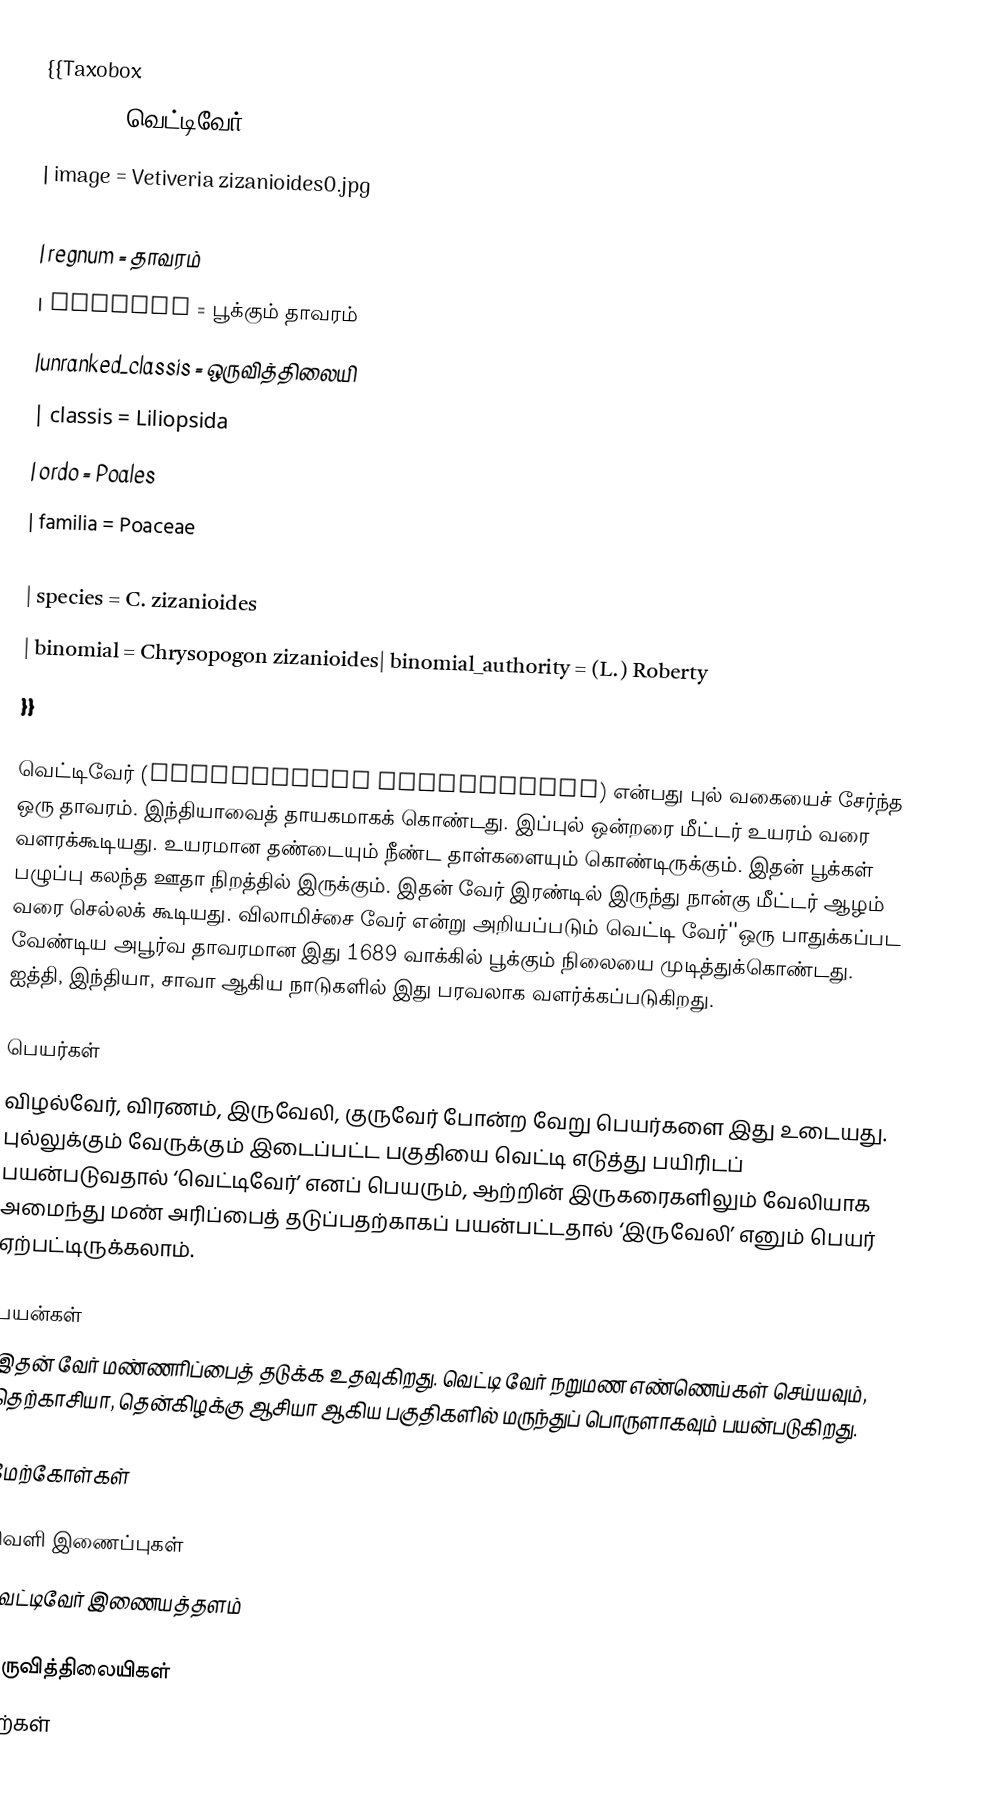
{{Taxobox
| name =  வெட்டிவேர் Vetiver
| image = Vetiveria zizanioides0.jpg
| image_width = 240px
| regnum = தாவரம்
| divisio = பூக்கும் தாவரம்
|unranked_classis = ஒருவித்திலையி
| classis = Liliopsida
| ordo = Poales
| familia = Poaceae
| genus = Chrysopogon
| species = C. zizanioides
| binomial = Chrysopogon zizanioides| binomial_authority = (L.) Roberty
}}

வெட்டிவேர் (Chrysopogon zizanioides) என்பது புல் வகையைச் சேர்ந்த ஒரு தாவரம். இந்தியாவைத் தாயகமாகக் கொண்டது. இப்புல் ஒன்றரை மீட்டர் உயரம் வரை வளரக்கூடியது. உயரமான தண்டையும் நீண்ட தாள்களையும் கொண்டிருக்கும். இதன் பூக்கள் பழுப்பு கலந்த ஊதா நிறத்தில் இருக்கும். இதன் வேர் இரண்டில் இருந்து நான்கு மீட்டர் ஆழம் வரை செல்லக் கூடியது. விலாமிச்சை வேர் என்று அறியப்படும் வெட்டி வேர்''ஒரு பாதுக்கப்பட வேண்டிய அபூர்வ தாவரமான இது 1689 வாக்கில் பூக்கும் நிலையை முடித்துக்கொண்டது.  ஐத்தி, இந்தியா, சாவா ஆகிய நாடுகளில் இது பரவலாக வளர்க்கப்படுகிறது.

பெயர்கள்
விழல்வேர், விரணம், இருவேலி, குருவேர் போன்ற வேறு பெயர்களை இது உடையது. புல்லுக்கும் வேருக்கும் இடைப்பட்ட பகுதியை வெட்டி எடுத்து பயிரிடப் பயன்படுவதால் ‘வெட்டிவேர்’ எனப் பெயரும், ஆற்றின் இருகரைகளிலும் வேலியாக அமைந்து மண் அரிப்பைத் தடுப்பதற்காகப் பயன்பட்டதால் ‘இருவேலி’ எனும் பெயர் ஏற்பட்டிருக்கலாம்.

பயன்கள்
இதன் வேர் மண்ணரிப்பைத் தடுக்க உதவுகிறது. வெட்டி வேர் நறுமண எண்ணெய்கள் செய்யவும், தெற்காசியா, தென்கிழக்கு ஆசியா ஆகிய பகுதிகளில் மருந்துப் பொருளாகவும் பயன்படுகிறது.

மேற்கோள்கள்

வெளி இணைப்புகள்
 வெட்டிவேர் இணையத்தளம்

ஒருவித்திலையிகள்
புற்கள்